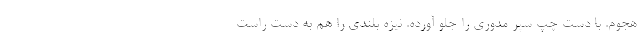
هجوم. با دست چپ سپر مدوری را جلو آورده. نیزه‌ بلندی را هم به دست راست